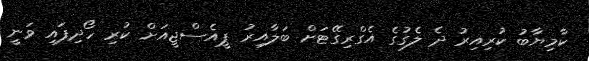
ކާމިޔާބު ކުރިއިރު ދެ ލެގުގެ އެގްރިގޭޓަށް ބަލާއިރު ޕީއެސްޖީއަށް ކުރި ހޯދިފައި ވަނީ